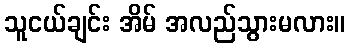
သူငယ်ချင်း အိမ် အလည်သွားမလား။